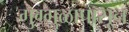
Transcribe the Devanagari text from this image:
गुग्गुळापासून